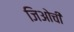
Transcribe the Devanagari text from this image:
जिओची